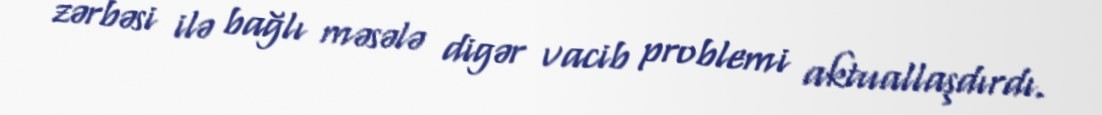
zərbəsi ilə bağlı məsələ digər vacib problemi aktuallaşdırdı.